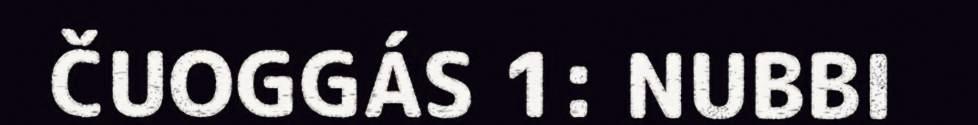
ČUOGGÁS 1: NUBBI